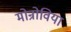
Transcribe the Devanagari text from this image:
मोन्रोविया